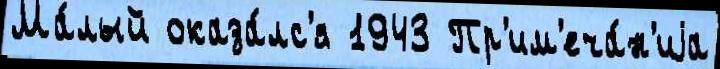
Ма́лый оказа́лс'я 1943 Пр'им'еча́н'иjа